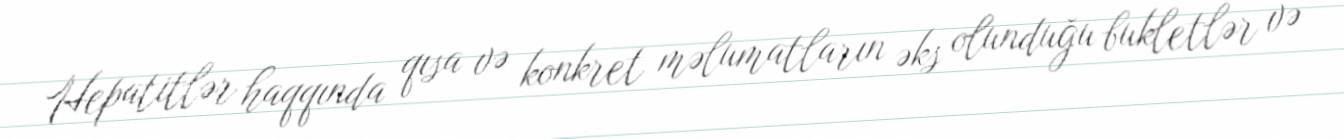
Hepatitlər haqqında qısa və konkret məlumatların əks olunduğu bukletlər və